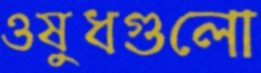
ওষুধগুলো